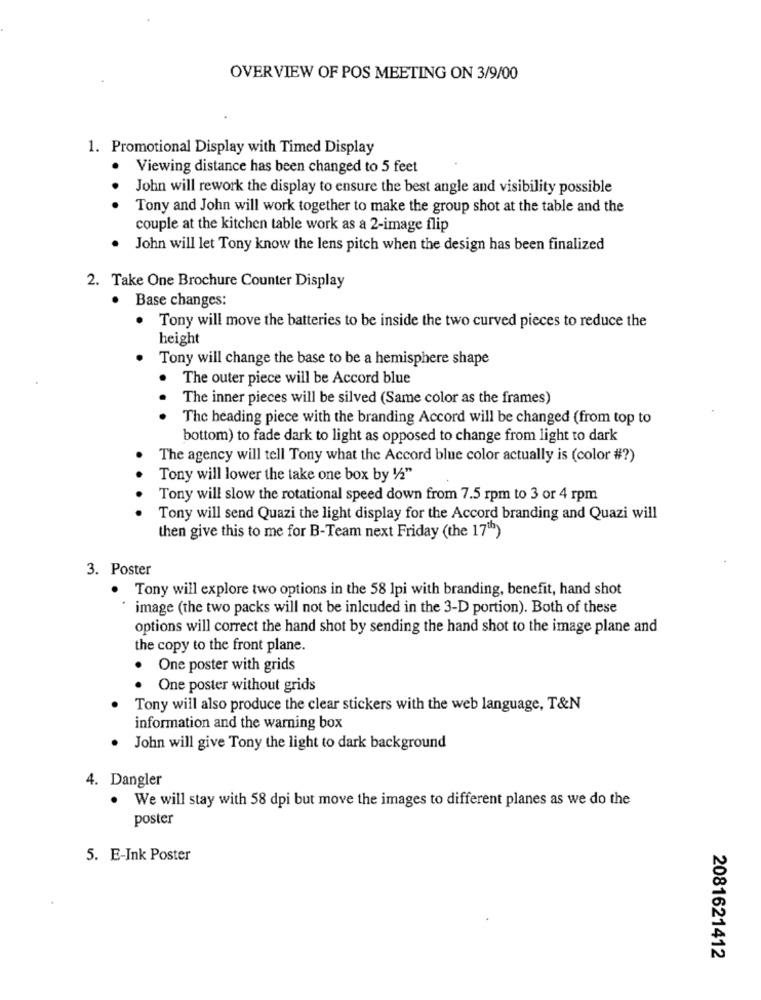
OVERVIEW OF POS MEETING ON 3/9/00
1. Promotional Display with Timed Display
Viewing distance has been changed to 5 feet
. .
John will rework the display to ensure the best angle and visibility possible
Tony and John will work together to make the group shot at the table and the
couple at the kitchen table work as a 2-image flip
John will let Tony know the lens pitch when the design has been finalized
2. Take One Brochure Counter Display
Base changes:
. Tony will move the batteries to be inside the two curved pieces to reduce the
height
Tony will change the base to be a hemisphere shape
. The outer piece will be Accord blue
The inner pieces will be silved (Same color as the frames)
The heading piece with the branding Accord will be changed (from top to
bottom) to fade dark to light as opposed to change from light to dark
The agency will tell Tony what the Accord blue color actually is (color #?)
Tony will lower the take one box by 1/2"
Tony will slow the rotational speed down from 7.5 rpm to 3 or 4 rpm
Tony will send Quazi the light display for the Accord branding and Quazi will
then give this to me for B-Team next Friday (the 17")
3. Poster
. Tony will explore two options in the 58 lpi with branding, benefit, hand shot
image (the two packs will not be inlcuded in the 3-D portion). Both of these
options will correct the hand shot by sending the hand shot to the image plane and
the copy to the front plane.
One poster with grids
· One poster without grids
Tony will also produce the clear stickers with the web language, T&N
information and the warning box
John will give Tony the light to dark background
4. Dangler
. We will stay with 58 dpi but move the images to different planes as we do the
poster
5. E-Ink Poster
2081621412